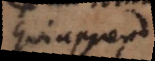
qui apprend